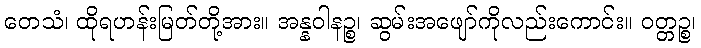
တေသံ၊ ထိုရဟန်းမြတ်တို့အား။ အန္နဝါနဉ္စ၊ ဆွမ်းအဖျော်ကိုလည်းကောင်း။ ဝတ္တဉ္စ၊